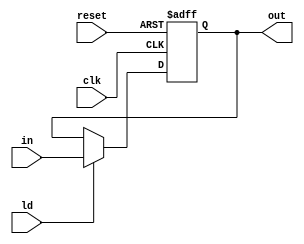
`timescale 1ns / 1ps
//////////////////////////////////////////////////////////////////////////////////
// Company: 
// Engineer: 
// 
// Design Name: 
// Module Name: piporeg2
// Project Name: 
// Target Devices: 
// Tool Versions: 
// Description: 
// 
// Dependencies: 
// 
// Revision:
// Revision 0.01 - File Created
// Additional Comments:
// 
//////////////////////////////////////////////////////////////////////////////////


module piporeg2(output reg [15:0] out, input [15:0] in, input ld,clk,reset);
always @(posedge clk, posedge reset)
begin
    if(reset)
        out <= 0;
    else if(ld)
        out <= in;
end
endmodule